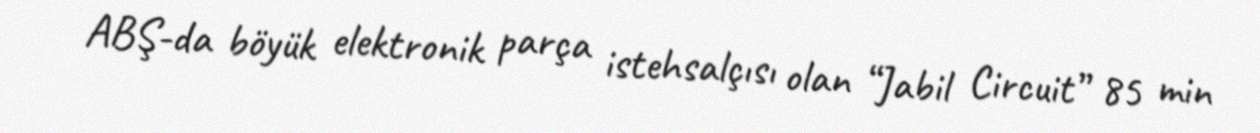
ABŞ-da böyük elektronik parça istehsalçısı olan “Jabil Circuit” 85 min